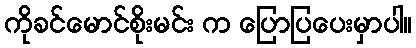
ကိုခင်မောင်စိုးမင်း က ပြောပြပေးမှာပါ။